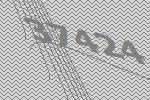
37424